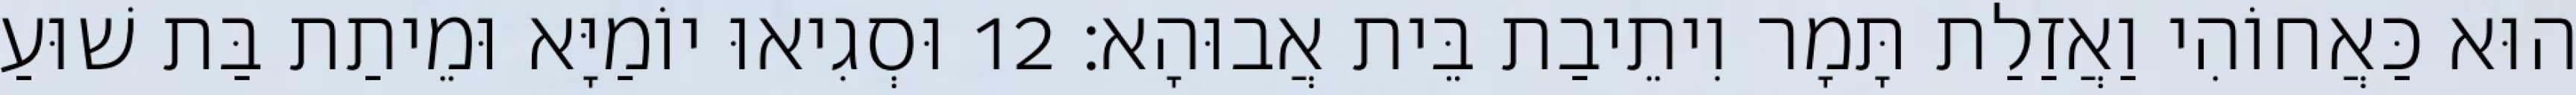
הוּא כַּאֲחוֹהִי וַאֲזַלַת תָּמָר וִיתֵיבַת בֵּית אֲבוּהָא׃ 12 וּסְגִיאוּ יוֹמַיָּא וּמֵיתַת בַּת שׁוּעַ